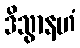
ဒိသွာနဟံ